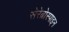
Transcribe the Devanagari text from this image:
सेरेब्रोस्पाइन